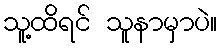
သူ့ထိရင် သူနာမှာပဲ။